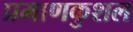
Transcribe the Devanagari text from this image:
प्रमाणकुशल